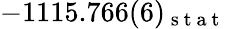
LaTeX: -1115.766(6)_{\mathrm{~s~t~a~t~}}